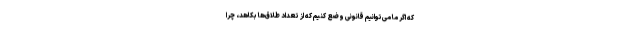
که اگر ما می‌توانیم قانونی وضع کنیم که از تعداد طلاق‌ها بکاهد، چرا